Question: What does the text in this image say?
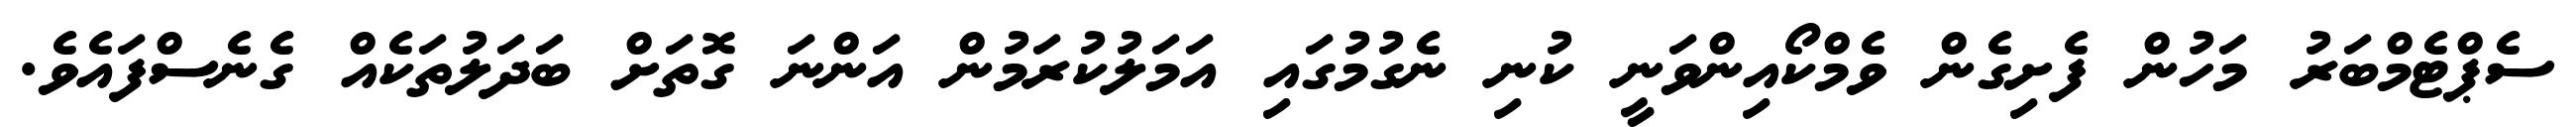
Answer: ސެޕްޓެމްބަރު މަހުން ފެށިގެން ވެމްކޯއިންވަނީ ކުނި ނެގުމުގައި އަމަލުކުރަމުން އަންނަ ގޮތަށް ބަދަލުތަކެއް ގެނެސްފައެވެ.